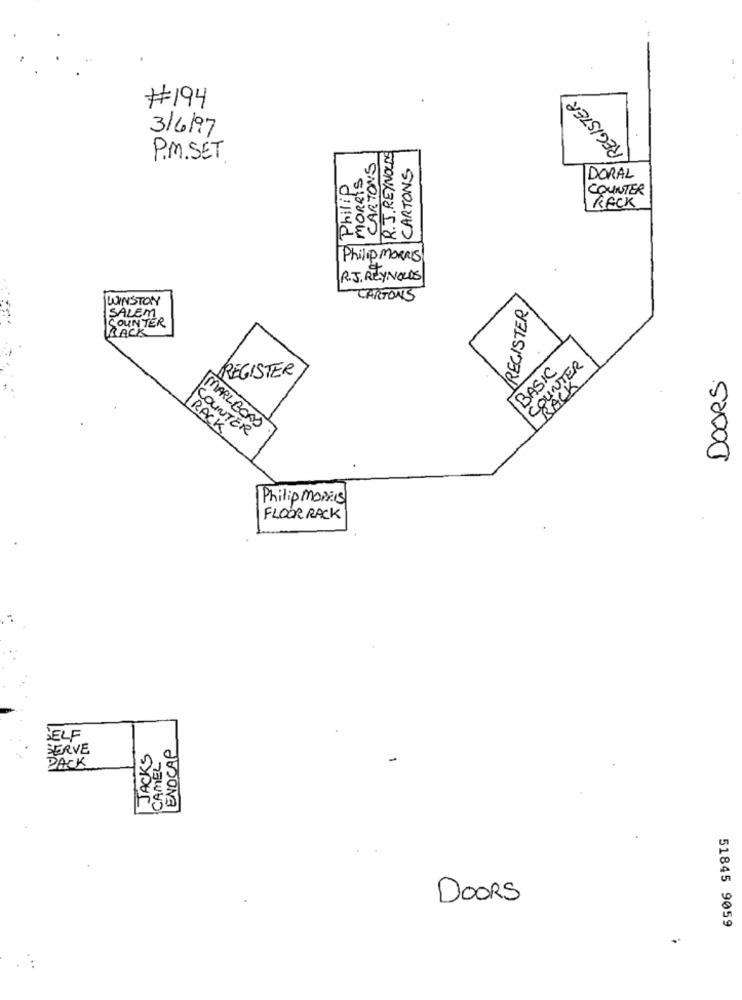
REGISTER
#194
3/6/97
CARTONS
R.J.REYNOLDS
P.M.SET
MORRIS
CARTONS
Philip
DORAL
COUNTER
RECK
Philip morris
R.J. REYNOLDS
WINSTON
CARTONS
REGISTER
SALEM
COUNTER
RACK
COUNTER
REGISTER
BASIC
DOORS
JACK
RACK
COUNTER
MARLBORO
Philip Morris
FLOOR RACK
SELF
SERVE
JACKS
CAMEL
ENDCAP
PACK
DOORS
51845 9059
.